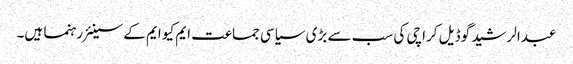
عبدالرشید گوڈیل کراچی کی سب سے بڑی سیاسی جماعت ایم کیو ایم کے سینئر رہنما ہیں۔